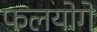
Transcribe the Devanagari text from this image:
फलयोगे